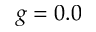
g = 0 . 0